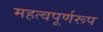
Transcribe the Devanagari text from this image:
महत्वपूर्णरूप